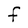
Character: F